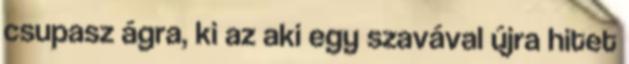
csupasz ágra, ki az aki egy szavával újra hitet